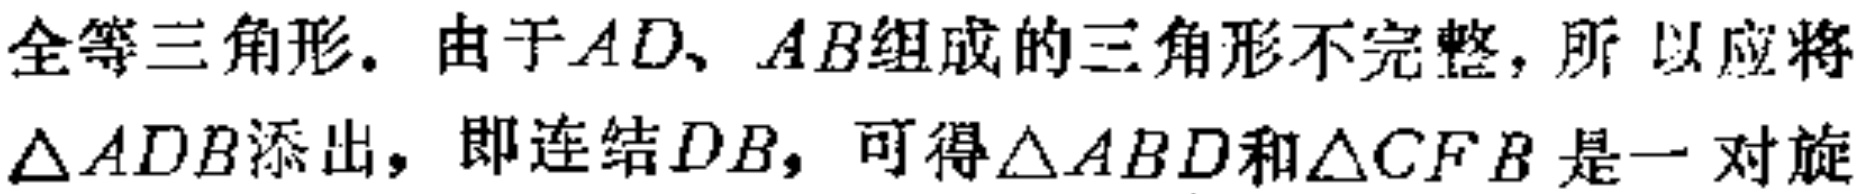
全等三角形. 由于\(AD、AB\)组成的三角形不完整，所 以应将\(\triangle ADB\)添出，即连结\(DB\)，可得\(\triangle ABD\)和\(\triangle CFB\)是一对旋